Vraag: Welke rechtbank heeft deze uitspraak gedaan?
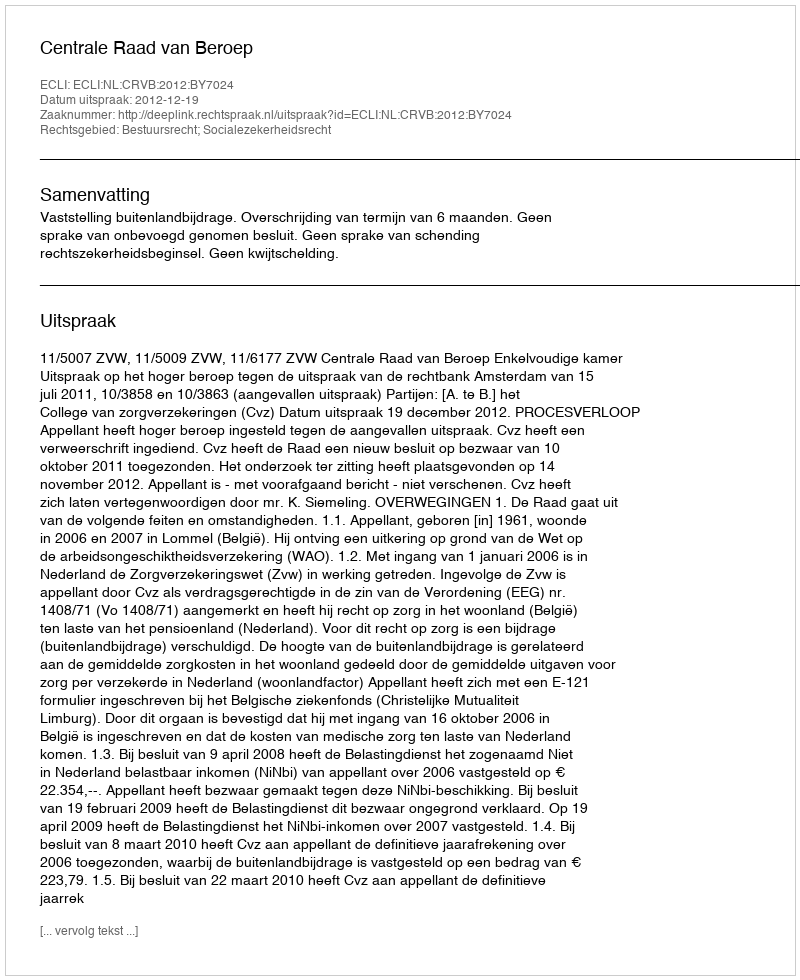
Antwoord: Centrale Raad van Beroep